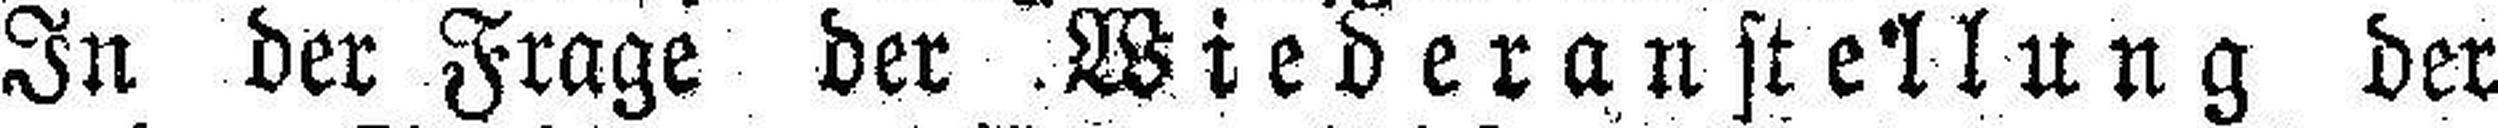
In der Frage der Wiederanstellung der